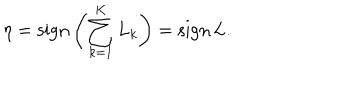
LaTeX: \eta = \mathrm { s i g n } \left( \sum _ { k = 1 } ^ { K } L _ { k } \right) = \mathrm { s i g n } \, L .